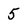
Character: 5